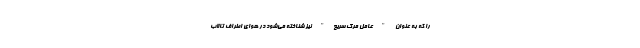
را که به عنوان "عامل مرگ سریع" نیز شناخته می‌شود در هوای اطراف تالاب